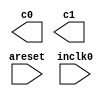
// megafunction wizard: %ALTPLL%VBB%
// GENERATION: STANDARD
// VERSION: WM1.0
// MODULE: altpll 

// ============================================================
// Megafunction Name(s):
// 			altpll
//
// Simulation Library Files(s):
// 			altera_mf
// ============================================================
// ************************************************************
// THIS IS A WIZARD-GENERATED FILE. DO NOT EDIT THIS FILE!
//
// 22.1std.1 Build 917 02/14/2023 SC Lite Edition
// ************************************************************

//Copyright (C) 2023  Intel Corporation. All rights reserved.
//Your use of Intel Corporation's design tools, logic functions 
//and other software and tools, and any partner logic 
//functions, and any output files from any of the foregoing 
//(including device programming or simulation files), and any 
//associated documentation or information are expressly subject 
//to the terms and conditions of the Intel Program License 
//Subscription Agreement, the Intel Quartus Prime License Agreement,
//the Intel FPGA IP License Agreement, or other applicable license
//agreement, including, without limitation, that your use is for
//the sole purpose of programming logic devices manufactured by
//Intel and sold by Intel or its authorized distributors.  Please
//refer to the applicable agreement for further details, at
//https://fpgasoftware.intel.com/eula.

module PLL (
	areset,
	inclk0,
	c0,
	c1);

	input	  areset;
	input	  inclk0;
	output	  c0;
	output	  c1;
`ifndef ALTERA_RESERVED_QIS
// synopsys translate_off
`endif
	tri0	  areset;
`ifndef ALTERA_RESERVED_QIS
// synopsys translate_on
`endif

endmodule

// ============================================================
// CNX file retrieval info
// ============================================================
// Retrieval info: PRIVATE: ACTIVECLK_CHECK STRING "0"
// Retrieval info: PRIVATE: BANDWIDTH STRING "1.000"
// Retrieval info: PRIVATE: BANDWIDTH_FEATURE_ENABLED STRING "1"
// Retrieval info: PRIVATE: BANDWIDTH_FREQ_UNIT STRING "MHz"
// Retrieval info: PRIVATE: BANDWIDTH_PRESET STRING "Low"
// Retrieval info: PRIVATE: BANDWIDTH_USE_AUTO STRING "1"
// Retrieval info: PRIVATE: BANDWIDTH_USE_PRESET STRING "0"
// Retrieval info: PRIVATE: CLKBAD_SWITCHOVER_CHECK STRING "0"
// Retrieval info: PRIVATE: CLKLOSS_CHECK STRING "0"
// Retrieval info: PRIVATE: CLKSWITCH_CHECK STRING "0"
// Retrieval info: PRIVATE: CNX_NO_COMPENSATE_RADIO STRING "0"
// Retrieval info: PRIVATE: CREATE_CLKBAD_CHECK STRING "0"
// Retrieval info: PRIVATE: CREATE_INCLK1_CHECK STRING "0"
// Retrieval info: PRIVATE: CUR_DEDICATED_CLK STRING "c0"
// Retrieval info: PRIVATE: CUR_FBIN_CLK STRING "c0"
// Retrieval info: PRIVATE: DEVICE_SPEED_GRADE STRING "Any"
// Retrieval info: PRIVATE: DIV_FACTOR0 NUMERIC "1"
// Retrieval info: PRIVATE: DIV_FACTOR1 NUMERIC "1"
// Retrieval info: PRIVATE: DUTY_CYCLE0 STRING "50.00000000"
// Retrieval info: PRIVATE: DUTY_CYCLE1 STRING "50.00000000"
// Retrieval info: PRIVATE: EFF_OUTPUT_FREQ_VALUE0 STRING "50.000000"
// Retrieval info: PRIVATE: EFF_OUTPUT_FREQ_VALUE1 STRING "0.002000"
// Retrieval info: PRIVATE: EXPLICIT_SWITCHOVER_COUNTER STRING "0"
// Retrieval info: PRIVATE: EXT_FEEDBACK_RADIO STRING "0"
// Retrieval info: PRIVATE: GLOCKED_COUNTER_EDIT_CHANGED STRING "1"
// Retrieval info: PRIVATE: GLOCKED_FEATURE_ENABLED STRING "0"
// Retrieval info: PRIVATE: GLOCKED_MODE_CHECK STRING "0"
// Retrieval info: PRIVATE: GLOCK_COUNTER_EDIT NUMERIC "1048575"
// Retrieval info: PRIVATE: HAS_MANUAL_SWITCHOVER STRING "1"
// Retrieval info: PRIVATE: INCLK0_FREQ_EDIT STRING "50.000"
// Retrieval info: PRIVATE: INCLK0_FREQ_UNIT_COMBO STRING "MHz"
// Retrieval info: PRIVATE: INCLK1_FREQ_EDIT STRING "100.000"
// Retrieval info: PRIVATE: INCLK1_FREQ_EDIT_CHANGED STRING "1"
// Retrieval info: PRIVATE: INCLK1_FREQ_UNIT_CHANGED STRING "1"
// Retrieval info: PRIVATE: INCLK1_FREQ_UNIT_COMBO STRING "MHz"
// Retrieval info: PRIVATE: INTENDED_DEVICE_FAMILY STRING "Cyclone IV E"
// Retrieval info: PRIVATE: INT_FEEDBACK__MODE_RADIO STRING "1"
// Retrieval info: PRIVATE: LOCKED_OUTPUT_CHECK STRING "0"
// Retrieval info: PRIVATE: LONG_SCAN_RADIO STRING "1"
// Retrieval info: PRIVATE: LVDS_MODE_DATA_RATE STRING "Not Available"
// Retrieval info: PRIVATE: LVDS_MODE_DATA_RATE_DIRTY NUMERIC "0"
// Retrieval info: PRIVATE: LVDS_PHASE_SHIFT_UNIT0 STRING "deg"
// Retrieval info: PRIVATE: LVDS_PHASE_SHIFT_UNIT1 STRING "deg"
// Retrieval info: PRIVATE: MIG_DEVICE_SPEED_GRADE STRING "Any"
// Retrieval info: PRIVATE: MIRROR_CLK0 STRING "0"
// Retrieval info: PRIVATE: MIRROR_CLK1 STRING "0"
// Retrieval info: PRIVATE: MULT_FACTOR0 NUMERIC "1"
// Retrieval info: PRIVATE: MULT_FACTOR1 NUMERIC "1"
// Retrieval info: PRIVATE: NORMAL_MODE_RADIO STRING "1"
// Retrieval info: PRIVATE: OUTPUT_FREQ0 STRING "50.00000000"
// Retrieval info: PRIVATE: OUTPUT_FREQ1 STRING "0.00200000"
// Retrieval info: PRIVATE: OUTPUT_FREQ_MODE0 STRING "1"
// Retrieval info: PRIVATE: OUTPUT_FREQ_MODE1 STRING "1"
// Retrieval info: PRIVATE: OUTPUT_FREQ_UNIT0 STRING "MHz"
// Retrieval info: PRIVATE: OUTPUT_FREQ_UNIT1 STRING "MHz"
// Retrieval info: PRIVATE: PHASE_RECONFIG_FEATURE_ENABLED STRING "1"
// Retrieval info: PRIVATE: PHASE_RECONFIG_INPUTS_CHECK STRING "0"
// Retrieval info: PRIVATE: PHASE_SHIFT0 STRING "180.00000000"
// Retrieval info: PRIVATE: PHASE_SHIFT1 STRING "0.00000000"
// Retrieval info: PRIVATE: PHASE_SHIFT_STEP_ENABLED_CHECK STRING "0"
// Retrieval info: PRIVATE: PHASE_SHIFT_UNIT0 STRING "deg"
// Retrieval info: PRIVATE: PHASE_SHIFT_UNIT1 STRING "deg"
// Retrieval info: PRIVATE: PLL_ADVANCED_PARAM_CHECK STRING "0"
// Retrieval info: PRIVATE: PLL_ARESET_CHECK STRING "1"
// Retrieval info: PRIVATE: PLL_AUTOPLL_CHECK NUMERIC "1"
// Retrieval info: PRIVATE: PLL_ENHPLL_CHECK NUMERIC "0"
// Retrieval info: PRIVATE: PLL_FASTPLL_CHECK NUMERIC "0"
// Retrieval info: PRIVATE: PLL_FBMIMIC_CHECK STRING "0"
// Retrieval info: PRIVATE: PLL_LVDS_PLL_CHECK NUMERIC "0"
// Retrieval info: PRIVATE: PLL_PFDENA_CHECK STRING "0"
// Retrieval info: PRIVATE: PLL_TARGET_HARCOPY_CHECK NUMERIC "0"
// Retrieval info: PRIVATE: PRIMARY_CLK_COMBO STRING "inclk0"
// Retrieval info: PRIVATE: RECONFIG_FILE STRING "PLL.mif"
// Retrieval info: PRIVATE: SACN_INPUTS_CHECK STRING "0"
// Retrieval info: PRIVATE: SCAN_FEATURE_ENABLED STRING "1"
// Retrieval info: PRIVATE: SELF_RESET_LOCK_LOSS STRING "0"
// Retrieval info: PRIVATE: SHORT_SCAN_RADIO STRING "0"
// Retrieval info: PRIVATE: SPREAD_FEATURE_ENABLED STRING "0"
// Retrieval info: PRIVATE: SPREAD_FREQ STRING "50.000"
// Retrieval info: PRIVATE: SPREAD_FREQ_UNIT STRING "KHz"
// Retrieval info: PRIVATE: SPREAD_PERCENT STRING "0.500"
// Retrieval info: PRIVATE: SPREAD_USE STRING "0"
// Retrieval info: PRIVATE: SRC_SYNCH_COMP_RADIO STRING "0"
// Retrieval info: PRIVATE: STICKY_CLK0 STRING "1"
// Retrieval info: PRIVATE: STICKY_CLK1 STRING "1"
// Retrieval info: PRIVATE: SWITCHOVER_COUNT_EDIT NUMERIC "1"
// Retrieval info: PRIVATE: SWITCHOVER_FEATURE_ENABLED STRING "1"
// Retrieval info: PRIVATE: SYNTH_WRAPPER_GEN_POSTFIX STRING "0"
// Retrieval info: PRIVATE: USE_CLK0 STRING "1"
// Retrieval info: PRIVATE: USE_CLK1 STRING "1"
// Retrieval info: PRIVATE: USE_CLKENA0 STRING "0"
// Retrieval info: PRIVATE: USE_CLKENA1 STRING "0"
// Retrieval info: PRIVATE: USE_MIL_SPEED_GRADE NUMERIC "0"
// Retrieval info: PRIVATE: ZERO_DELAY_RADIO STRING "0"
// Retrieval info: LIBRARY: altera_mf altera_mf.altera_mf_components.all
// Retrieval info: CONSTANT: BANDWIDTH_TYPE STRING "AUTO"
// Retrieval info: CONSTANT: CLK0_DIVIDE_BY NUMERIC "1"
// Retrieval info: CONSTANT: CLK0_DUTY_CYCLE NUMERIC "50"
// Retrieval info: CONSTANT: CLK0_MULTIPLY_BY NUMERIC "1"
// Retrieval info: CONSTANT: CLK0_PHASE_SHIFT STRING "10000"
// Retrieval info: CONSTANT: CLK1_DIVIDE_BY NUMERIC "25000"
// Retrieval info: CONSTANT: CLK1_DUTY_CYCLE NUMERIC "50"
// Retrieval info: CONSTANT: CLK1_MULTIPLY_BY NUMERIC "1"
// Retrieval info: CONSTANT: CLK1_PHASE_SHIFT STRING "0"
// Retrieval info: CONSTANT: COMPENSATE_CLOCK STRING "CLK0"
// Retrieval info: CONSTANT: INCLK0_INPUT_FREQUENCY NUMERIC "20000"
// Retrieval info: CONSTANT: INTENDED_DEVICE_FAMILY STRING "Cyclone IV E"
// Retrieval info: CONSTANT: LPM_TYPE STRING "altpll"
// Retrieval info: CONSTANT: OPERATION_MODE STRING "NORMAL"
// Retrieval info: CONSTANT: PLL_TYPE STRING "AUTO"
// Retrieval info: CONSTANT: PORT_ACTIVECLOCK STRING "PORT_UNUSED"
// Retrieval info: CONSTANT: PORT_ARESET STRING "PORT_USED"
// Retrieval info: CONSTANT: PORT_CLKBAD0 STRING "PORT_UNUSED"
// Retrieval info: CONSTANT: PORT_CLKBAD1 STRING "PORT_UNUSED"
// Retrieval info: CONSTANT: PORT_CLKLOSS STRING "PORT_UNUSED"
// Retrieval info: CONSTANT: PORT_CLKSWITCH STRING "PORT_UNUSED"
// Retrieval info: CONSTANT: PORT_CONFIGUPDATE STRING "PORT_UNUSED"
// Retrieval info: CONSTANT: PORT_FBIN STRING "PORT_UNUSED"
// Retrieval info: CONSTANT: PORT_INCLK0 STRING "PORT_USED"
// Retrieval info: CONSTANT: PORT_INCLK1 STRING "PORT_UNUSED"
// Retrieval info: CONSTANT: PORT_LOCKED STRING "PORT_UNUSED"
// Retrieval info: CONSTANT: PORT_PFDENA STRING "PORT_UNUSED"
// Retrieval info: CONSTANT: PORT_PHASECOUNTERSELECT STRING "PORT_UNUSED"
// Retrieval info: CONSTANT: PORT_PHASEDONE STRING "PORT_UNUSED"
// Retrieval info: CONSTANT: PORT_PHASESTEP STRING "PORT_UNUSED"
// Retrieval info: CONSTANT: PORT_PHASEUPDOWN STRING "PORT_UNUSED"
// Retrieval info: CONSTANT: PORT_PLLENA STRING "PORT_UNUSED"
// Retrieval info: CONSTANT: PORT_SCANACLR STRING "PORT_UNUSED"
// Retrieval info: CONSTANT: PORT_SCANCLK STRING "PORT_UNUSED"
// Retrieval info: CONSTANT: PORT_SCANCLKENA STRING "PORT_UNUSED"
// Retrieval info: CONSTANT: PORT_SCANDATA STRING "PORT_UNUSED"
// Retrieval info: CONSTANT: PORT_SCANDATAOUT STRING "PORT_UNUSED"
// Retrieval info: CONSTANT: PORT_SCANDONE STRING "PORT_UNUSED"
// Retrieval info: CONSTANT: PORT_SCANREAD STRING "PORT_UNUSED"
// Retrieval info: CONSTANT: PORT_SCANWRITE STRING "PORT_UNUSED"
// Retrieval info: CONSTANT: PORT_clk0 STRING "PORT_USED"
// Retrieval info: CONSTANT: PORT_clk1 STRING "PORT_USED"
// Retrieval info: CONSTANT: PORT_clk2 STRING "PORT_UNUSED"
// Retrieval info: CONSTANT: PORT_clk3 STRING "PORT_UNUSED"
// Retrieval info: CONSTANT: PORT_clk4 STRING "PORT_UNUSED"
// Retrieval info: CONSTANT: PORT_clk5 STRING "PORT_UNUSED"
// Retrieval info: CONSTANT: PORT_clkena0 STRING "PORT_UNUSED"
// Retrieval info: CONSTANT: PORT_clkena1 STRING "PORT_UNUSED"
// Retrieval info: CONSTANT: PORT_clkena2 STRING "PORT_UNUSED"
// Retrieval info: CONSTANT: PORT_clkena3 STRING "PORT_UNUSED"
// Retrieval info: CONSTANT: PORT_clkena4 STRING "PORT_UNUSED"
// Retrieval info: CONSTANT: PORT_clkena5 STRING "PORT_UNUSED"
// Retrieval info: CONSTANT: PORT_extclk0 STRING "PORT_UNUSED"
// Retrieval info: CONSTANT: PORT_extclk1 STRING "PORT_UNUSED"
// Retrieval info: CONSTANT: PORT_extclk2 STRING "PORT_UNUSED"
// Retrieval info: CONSTANT: PORT_extclk3 STRING "PORT_UNUSED"
// Retrieval info: CONSTANT: WIDTH_CLOCK NUMERIC "5"
// Retrieval info: USED_PORT: @clk 0 0 5 0 OUTPUT_CLK_EXT VCC "@clk[4..0]"
// Retrieval info: USED_PORT: areset 0 0 0 0 INPUT GND "areset"
// Retrieval info: USED_PORT: c0 0 0 0 0 OUTPUT_CLK_EXT VCC "c0"
// Retrieval info: USED_PORT: c1 0 0 0 0 OUTPUT_CLK_EXT VCC "c1"
// Retrieval info: USED_PORT: inclk0 0 0 0 0 INPUT_CLK_EXT GND "inclk0"
// Retrieval info: CONNECT: @areset 0 0 0 0 areset 0 0 0 0
// Retrieval info: CONNECT: @inclk 0 0 1 1 GND 0 0 0 0
// Retrieval info: CONNECT: @inclk 0 0 1 0 inclk0 0 0 0 0
// Retrieval info: CONNECT: c0 0 0 0 0 @clk 0 0 1 0
// Retrieval info: CONNECT: c1 0 0 0 0 @clk 0 0 1 1
// Retrieval info: GEN_FILE: TYPE_NORMAL PLL.v TRUE
// Retrieval info: GEN_FILE: TYPE_NORMAL PLL.ppf TRUE
// Retrieval info: GEN_FILE: TYPE_NORMAL PLL.inc FALSE
// Retrieval info: GEN_FILE: TYPE_NORMAL PLL.cmp FALSE
// Retrieval info: GEN_FILE: TYPE_NORMAL PLL.bsf TRUE
// Retrieval info: GEN_FILE: TYPE_NORMAL PLL_inst.v FALSE
// Retrieval info: GEN_FILE: TYPE_NORMAL PLL_bb.v TRUE
// Retrieval info: LIB_FILE: altera_mf
// Retrieval info: CBX_MODULE_PREFIX: ON